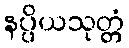
နပ္ပိယသုတ္တံ